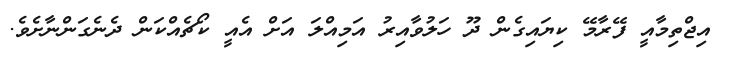
އިޖްތިމާއީ ފޭރާމޭ ކިޔައިގެން ދޫ ހަލުވާއިރު އަމިއްލަ އަށް އެއީ ކޯޗެއްކަން ދެނެގަންނާށެވެ.